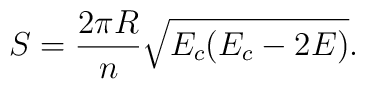
S =\frac{2\pi R}{n}\sqrt{E_c(E_c-2E)}.